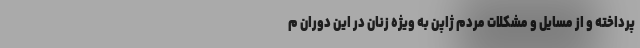
پرداخته و از مسایل و مشکلات مردم ژاپن به ویژه زنان در این دوران م